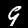
Digit: 9